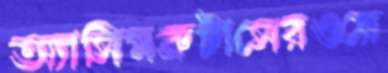
অ্যাসিমব্রুটাসেরওরে